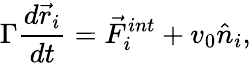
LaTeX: \Gamma\frac{d\vec{r}_{i}}{dt}=\vec{F}_{i}^{int}+v_{0}\hat{n}_{i},